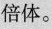
倍体。